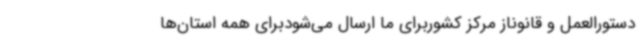
دستورالعمل و قانوناز مرکز کشوربرای ما ارسال می‌شودبرای همه استان‌ها